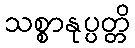
သစ္စာနုပ္ပတ္တိ